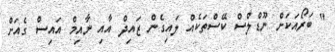
" ބަރޯއަކަށް ނޫޑްލްސް ކޭސްތަކެއް ލައިގެން ޒައިދް އާއި ނާއިމް އައިސް ގެއަށް